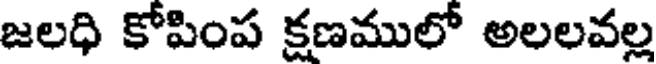
జలధి కోపింప క్షణములో అలలవల్ల